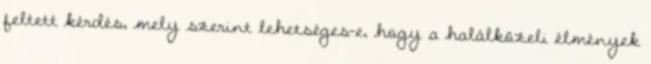
feltett kérdés, mely szerint lehetséges-e, hogy a halálközeli élmények